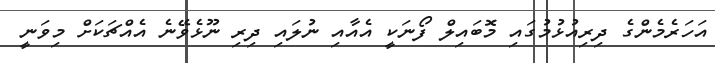
އަހަރެމެންގެ ދިރިއުޅުމުގައި މޮބައިލް ފޯނަކީ އެއާއި ނުލައި ދިރި ނޫޅެވޭނެ އެއްޗަކަށް މިވަނީ